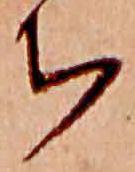
ち